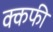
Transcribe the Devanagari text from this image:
क्कफी